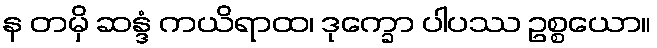
န တမှိ ဆန္ဒံ ကယိရာထ၊ ဒုက္ခော ပါပဿ ဥစ္စယော။